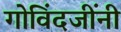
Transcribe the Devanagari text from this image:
गोविंदजींनी